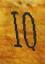
IQ